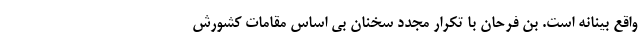
واقع بینانه است. بن فرحان با تکرار مجدد سخنان بی اساس مقامات کشورش